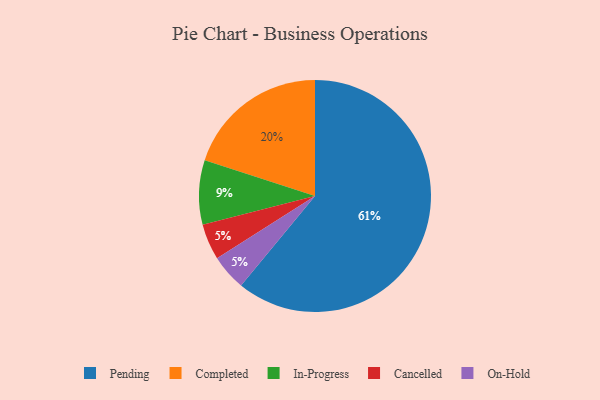
{"axis": {"x": "Category", "y": "Percentage"}, "legend": ["Cancelled", "Completed", "In-Progress", "On-Hold", "Pending"], "data": [{"x": "Pending", "y": 61, "type": "Pending"}, {"x": "Completed", "y": 20, "type": "Completed"}, {"x": "Cancelled", "y": 5, "type": "Cancelled"}, {"x": "In-Progress", "y": 9, "type": "In-Progress"}, {"x": "On-Hold", "y": 5, "type": "On-Hold"}]}